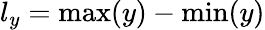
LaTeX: l_{y}=\operatorname*{max}(y)-\operatorname*{min}(y)